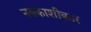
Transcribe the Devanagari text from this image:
नक्काशीकार